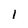
Character: 1